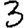
Digit: 3